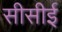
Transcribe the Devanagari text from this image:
सीसीई